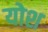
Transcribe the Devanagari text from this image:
योश